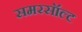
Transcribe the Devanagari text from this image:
समरसॉल्ट